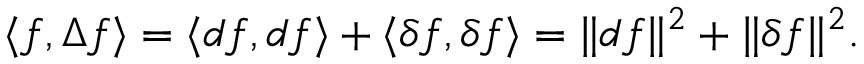
\langle f , \Delta f \rangle = \langle d f , d f \rangle + \langle \delta f , \delta f \rangle = \| d f \| ^ { 2 } + \| \delta f \| ^ { 2 } .